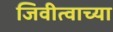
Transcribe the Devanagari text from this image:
जिवीत्वाच्या